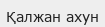
Қалжан ахун